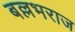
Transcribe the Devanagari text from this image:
बल्लभराज